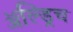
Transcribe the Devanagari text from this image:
ॲल्ड्रिच